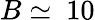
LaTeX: B\simeq\ 10